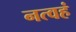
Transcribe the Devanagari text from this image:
नत्वहं